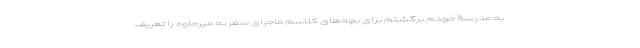
به مدرسۀ خودم برگشتم برای بچه‌های کلاسم ماجرای سفر به میرجاوه را تعریف